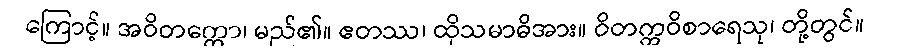
ကြောင့်။ အဝိတက္ကော၊ မည်၏။ ဧတဿ၊ ထိုသမာဓိအား။ ဝိတက္ကဝိစာရေသု၊ တို့တွင်။